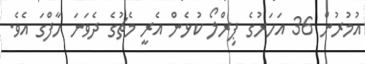
އުމުރުން 36 އަހަރުގެ ޕިރްލޯ ކުޅެން އެރީ މެޗުގެ ދެވަނަ ހާފްގަ އެވެ.